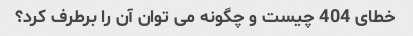
خطای 404 چیست و چگونه می توان آن را برطرف کرد؟